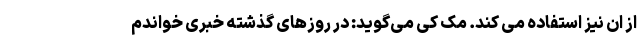
از ان نیز استفاده می کند. مک کی می‌گوید: در روزهای گذشته خبری خواندم